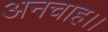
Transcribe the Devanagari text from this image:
अनचाह।।